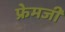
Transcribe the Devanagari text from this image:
फ्रेमजी